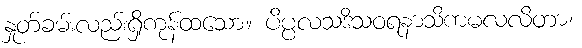
နှုတ်ခမ်းလည်းရှိကုန်ထသော။ ပိပ္ပလသဒိသဝရနာသိကမလလိတာ၊